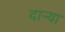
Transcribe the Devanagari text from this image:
दार्‍या